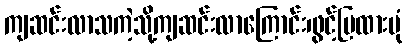
ကျဆင်းလာသကဲ့သို့ကျဆင်းလာကြောင်း၊ဖွင့်ပြထားပုံ